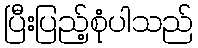
ပြီးပြည့်စုံပါသည်